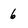
Character: 6